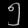
Digit: ၅